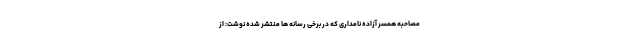
مصاحبه همسر آزاده نامداری که در برخی رسانه ها منتشر شده نوشت: از